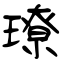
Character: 璙